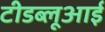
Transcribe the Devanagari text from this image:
टीडब्लूआई